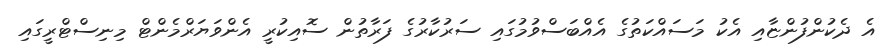
އެ ދެކުންފުންޏާއި އެކު މަސައްކަތުގެ އެއްބަސްވުމުގައި ސަރުކާރުގެ ފަރާތުން ސޮއިކުރީ އެންވަޔަރްމެންޓް މިނިސްޓްރީގައި